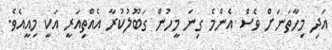
އަދި މިހާތަނަށް ވެސް އެންމެ ގިނަ މީހުން ގަބޫލުކުރާ އެއްތިއަރީ އަކީ މިއީއެވެ.